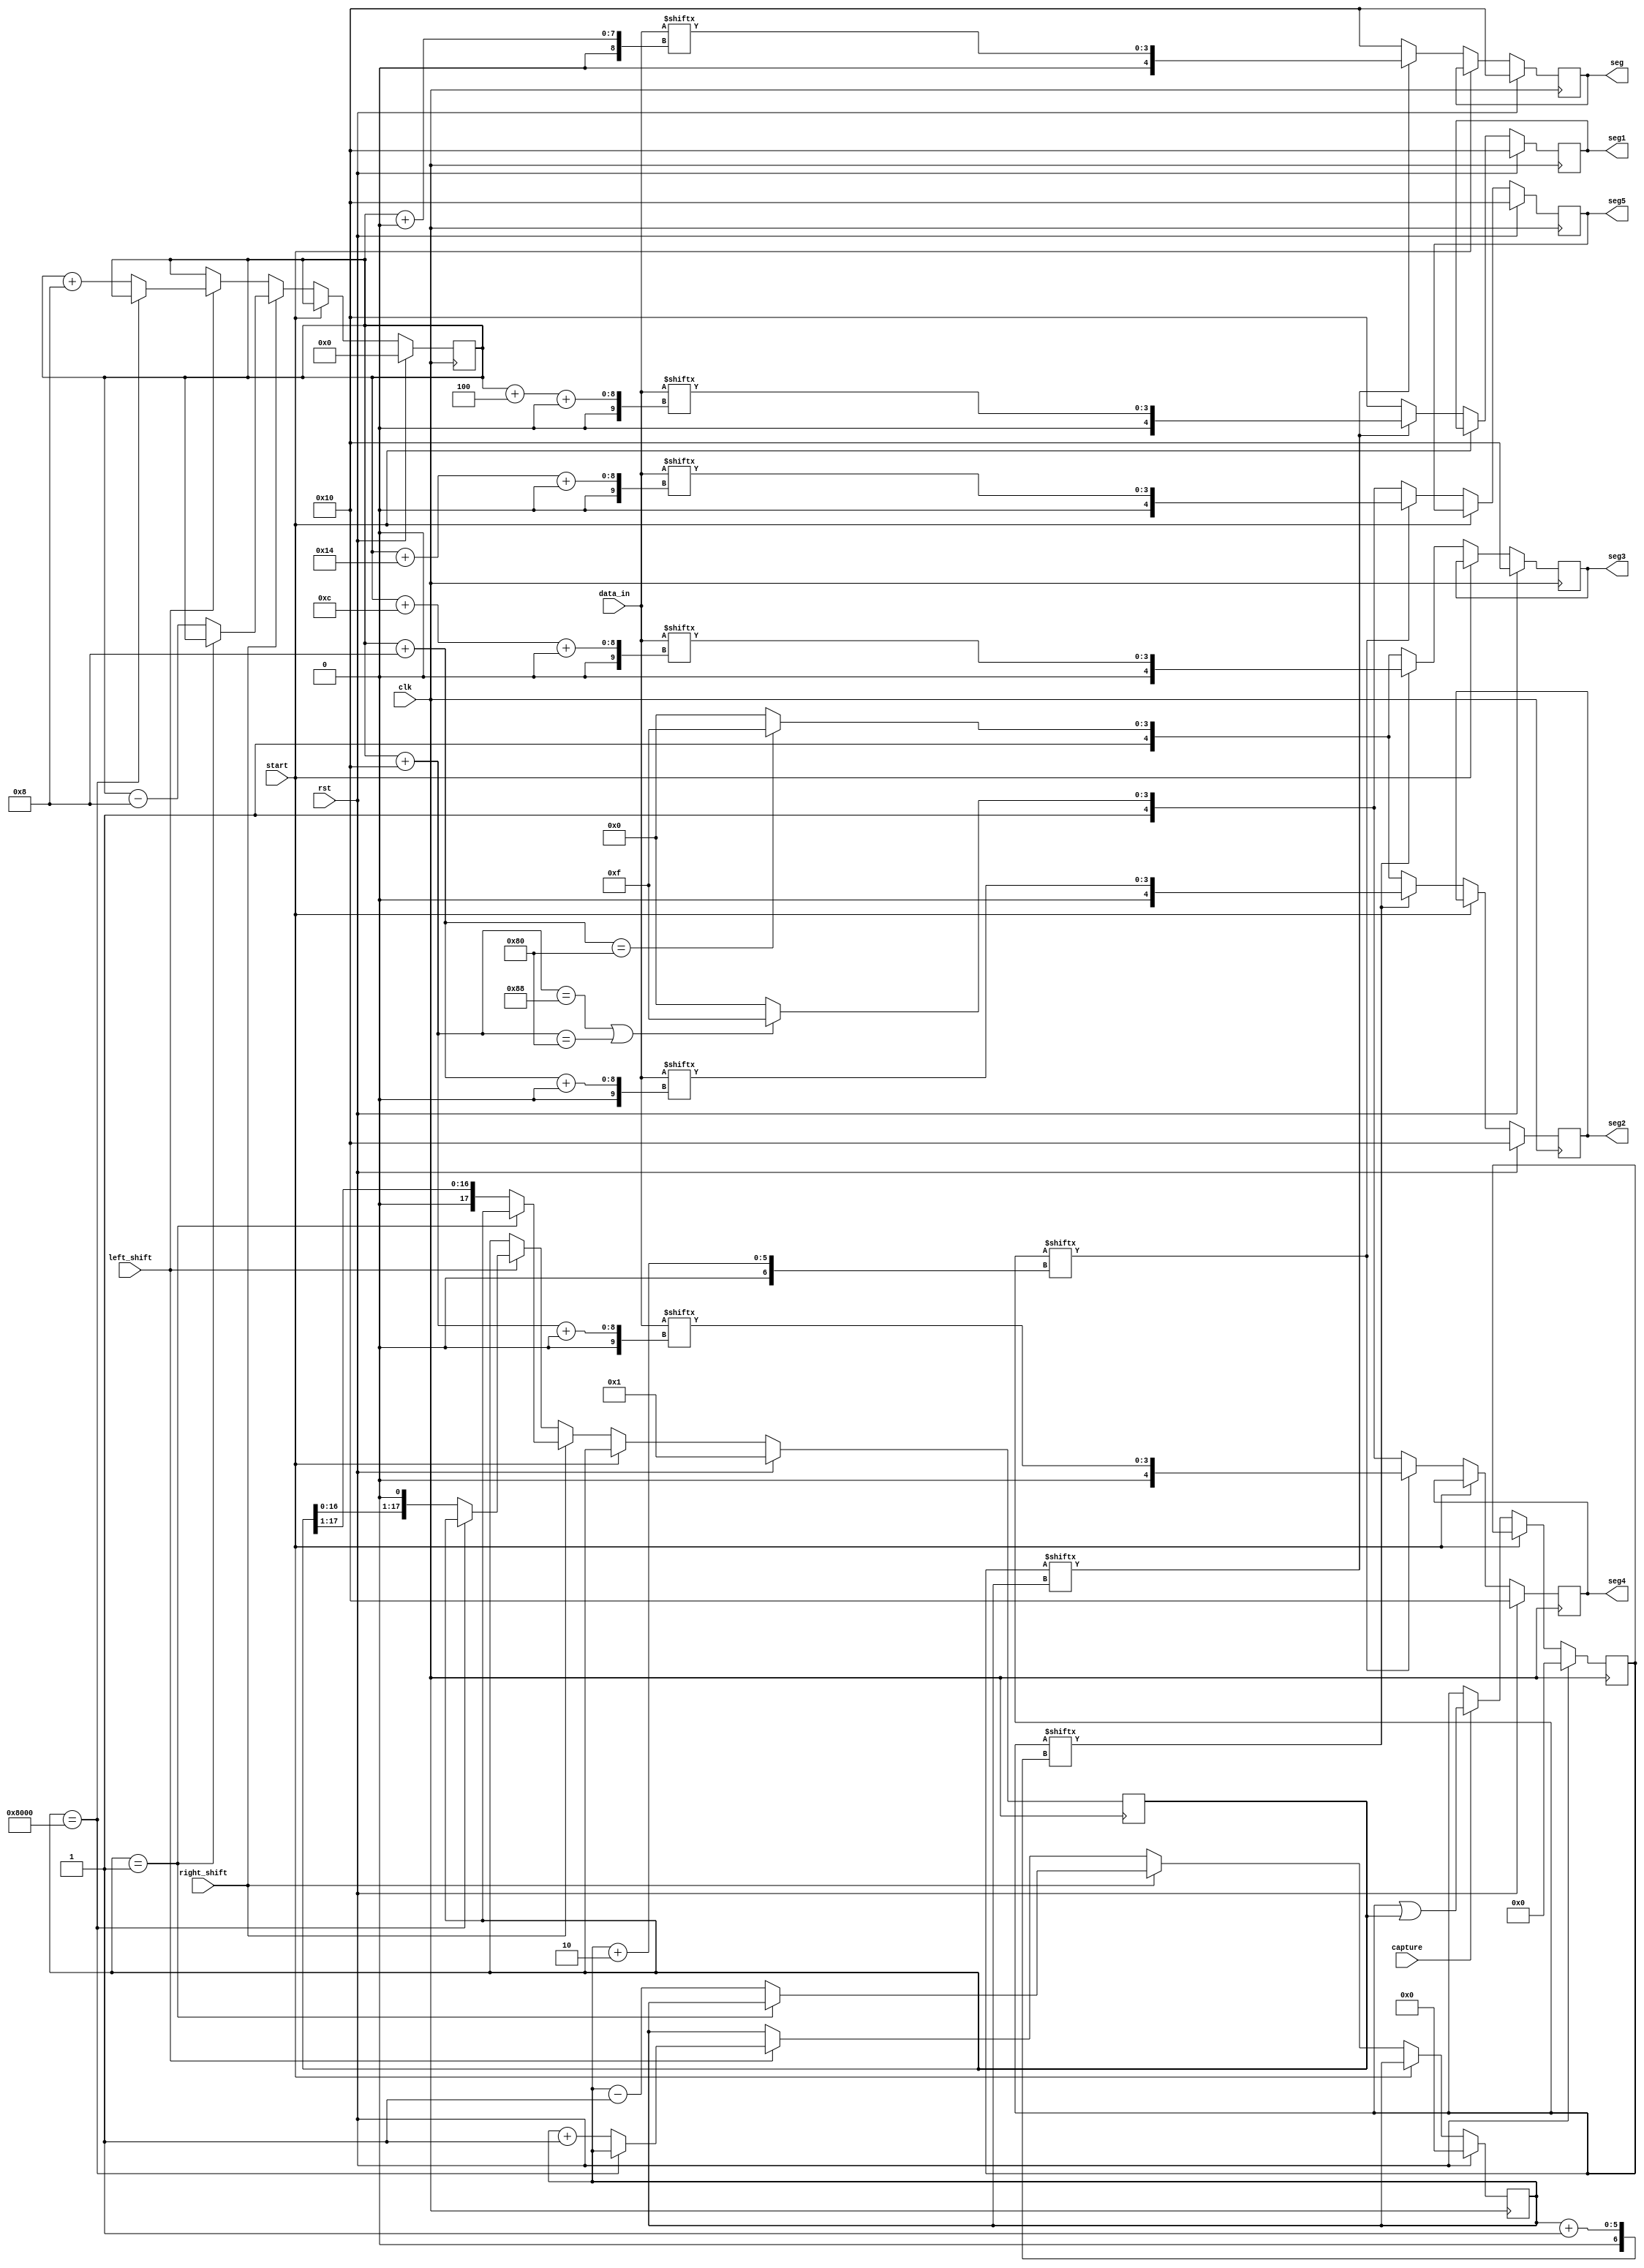
module out_window(output reg[4:0]seg,seg1,seg2,seg3,seg4,seg5,input clk,rst,capture,start
,left_shift,right_shift,input[127:0]data_in);
						

reg [17:0] position_track;
reg [17:0] data_valid;
reg[4:0]i;
reg[6:0]j;


initial begin
position_track=16'h0001;
data_valid=16'h0000;
i=4'b0000;
j=7'b0000000;
end
always @(posedge clk) begin
if (rst==1)begin
 position_track=18'h00001;
 data_valid=18'h00000;
 i=4'b0000;
 j=7'b0000000;
end
else begin
  case (start)
   1'b0: begin
    if (capture==1)begin
     data_valid<=data_valid|position_track;
    end
    if (left_shift==1)begin

     if (position_track==18'h08000)begin
      position_track<=position_track;
      i<=i;
      j<=j;
     end
     else begin
      position_track<=position_track<<1;
      i<=i+5'd1;j<=j+7'd8;
     end
     end
    if(right_shift==1)begin
     if(position_track==18'h00001)begin
      position_track<=position_track;
      i<=i;
      j<=j;
     end
  
     else begin
      position_track<=position_track>>1;
      i<=i-5'd1;
      j<=j-7'd8;
     end
    end
  end
  1'b1:begin
   i<=i;
   j<=j;
  end
 endcase
end
end
always @(posedge clk) begin
if (rst==1)begin
seg<={1'b1,{4{1'b0}}};
seg1<={1'b1,{4{1'b0}}};
seg2<={1'b1,{4{1'b0}}};
seg3<={1'b1,{4{1'b0}}};
seg4<={1'b1,{4{1'b0}}};
seg5<={1'b1,{4{1'b0}}};
end
else begin	
  case (start)
   1'b0: begin
    if (data_valid[i]==1)begin
     seg<={1'b0,data_in[j+:4]};
     seg1<={1'b0,data_in[(j+4)+:4]};
    end
    else begin
     seg<={1'b1,{4{1'b0}}};
     seg1<={1'b1,{4{1'b0}}};
    end
    if (data_valid[i+1]==1) begin
     seg2<={1'b0,data_in[(j+8)+:4]};
     seg3<={1'b0,data_in[(j+12)+:4]};

    end
    else  begin
     if ((j+8)==128)begin
      seg2<={1'b1,{4{1'b1}}};
      seg3<={1'b1,{4{1'b1}}};
     end
     else begin
      seg2<={1'b1,{4{1'b0}}};
      seg3<={1'b1,{4{1'b0}}};
     end
    end
    if (data_valid[i+2]==1) begin

     seg4<={1'b0,data_in[(j+16)+:4]};
     seg5<={1'b0,data_in[(j+20)+:4]};

    end
    else  begin
     if ((j+16)==136||(j+16)==128)begin
      seg4<={1'b1,{4{1'b1}}};
      seg5<={1'b1,{4{1'b1}}};
     end
     else begin
      seg4<={1'b1,{4{1'b0}}};
      seg5<={1'b1,{4{1'b0}}};
     end
    end
   end
  1'b1: begin
        end
endcase
end
end
endmodule